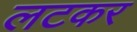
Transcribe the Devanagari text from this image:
लटकर